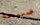
صبيحة